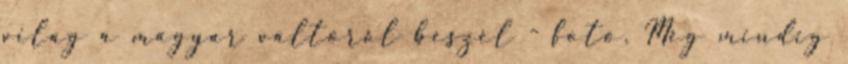
világ a magyar váltóról beszél - fotó. Még mindig